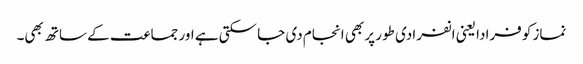
نماز کو فرادا یعنی انفرادی طور پر بھی انجام دی جا سکتی ہے اور جماعت کے ساتھ بھی۔